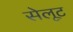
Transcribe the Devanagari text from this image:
सेलूट